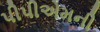
પીપીએમની